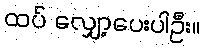
ထပ် လျှော့ပေးပါဦး။